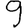
Digit: 9